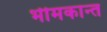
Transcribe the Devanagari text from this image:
भीमकान्त